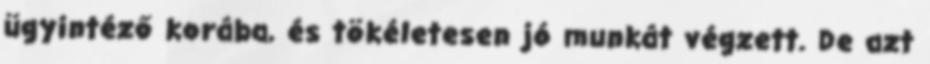
ügyintéző korába, és tökéletesen jó munkát végzett. De azt